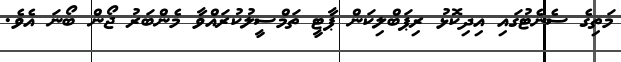
މަތިގެ ސެނެޓުގައި އިދިކޮޅު ރިޕަބްލިކަން ޕާޓީ ތަމްސީލުކުރައްވާ މެންބަރު ޖޯން ބޯނަ އެވެ.